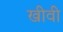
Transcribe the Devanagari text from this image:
खीवी